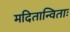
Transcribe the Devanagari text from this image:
मदितान्विताः